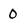
Character: 0